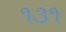
૧૩૧